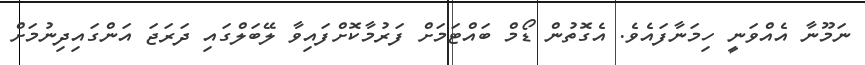
ނަމޫނާ އެއްވަނީ ހިމަނާފައެވެ. އެގޮތުން ޑޯމް ބައްޓަމަށް ފަރުމާކޮށްފައިވާ ލޭބަލްގައި ދަރަޖަ އަންގައިދިނުމަށް